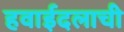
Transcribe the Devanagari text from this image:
हवाईदलाची